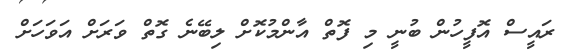
ރައީސް އޮފީހުން ބުނީ މި ފޮތް އާންމުކޮށް ލިބޭނެ ގޮތް ވަރަށް އަވަހަށް